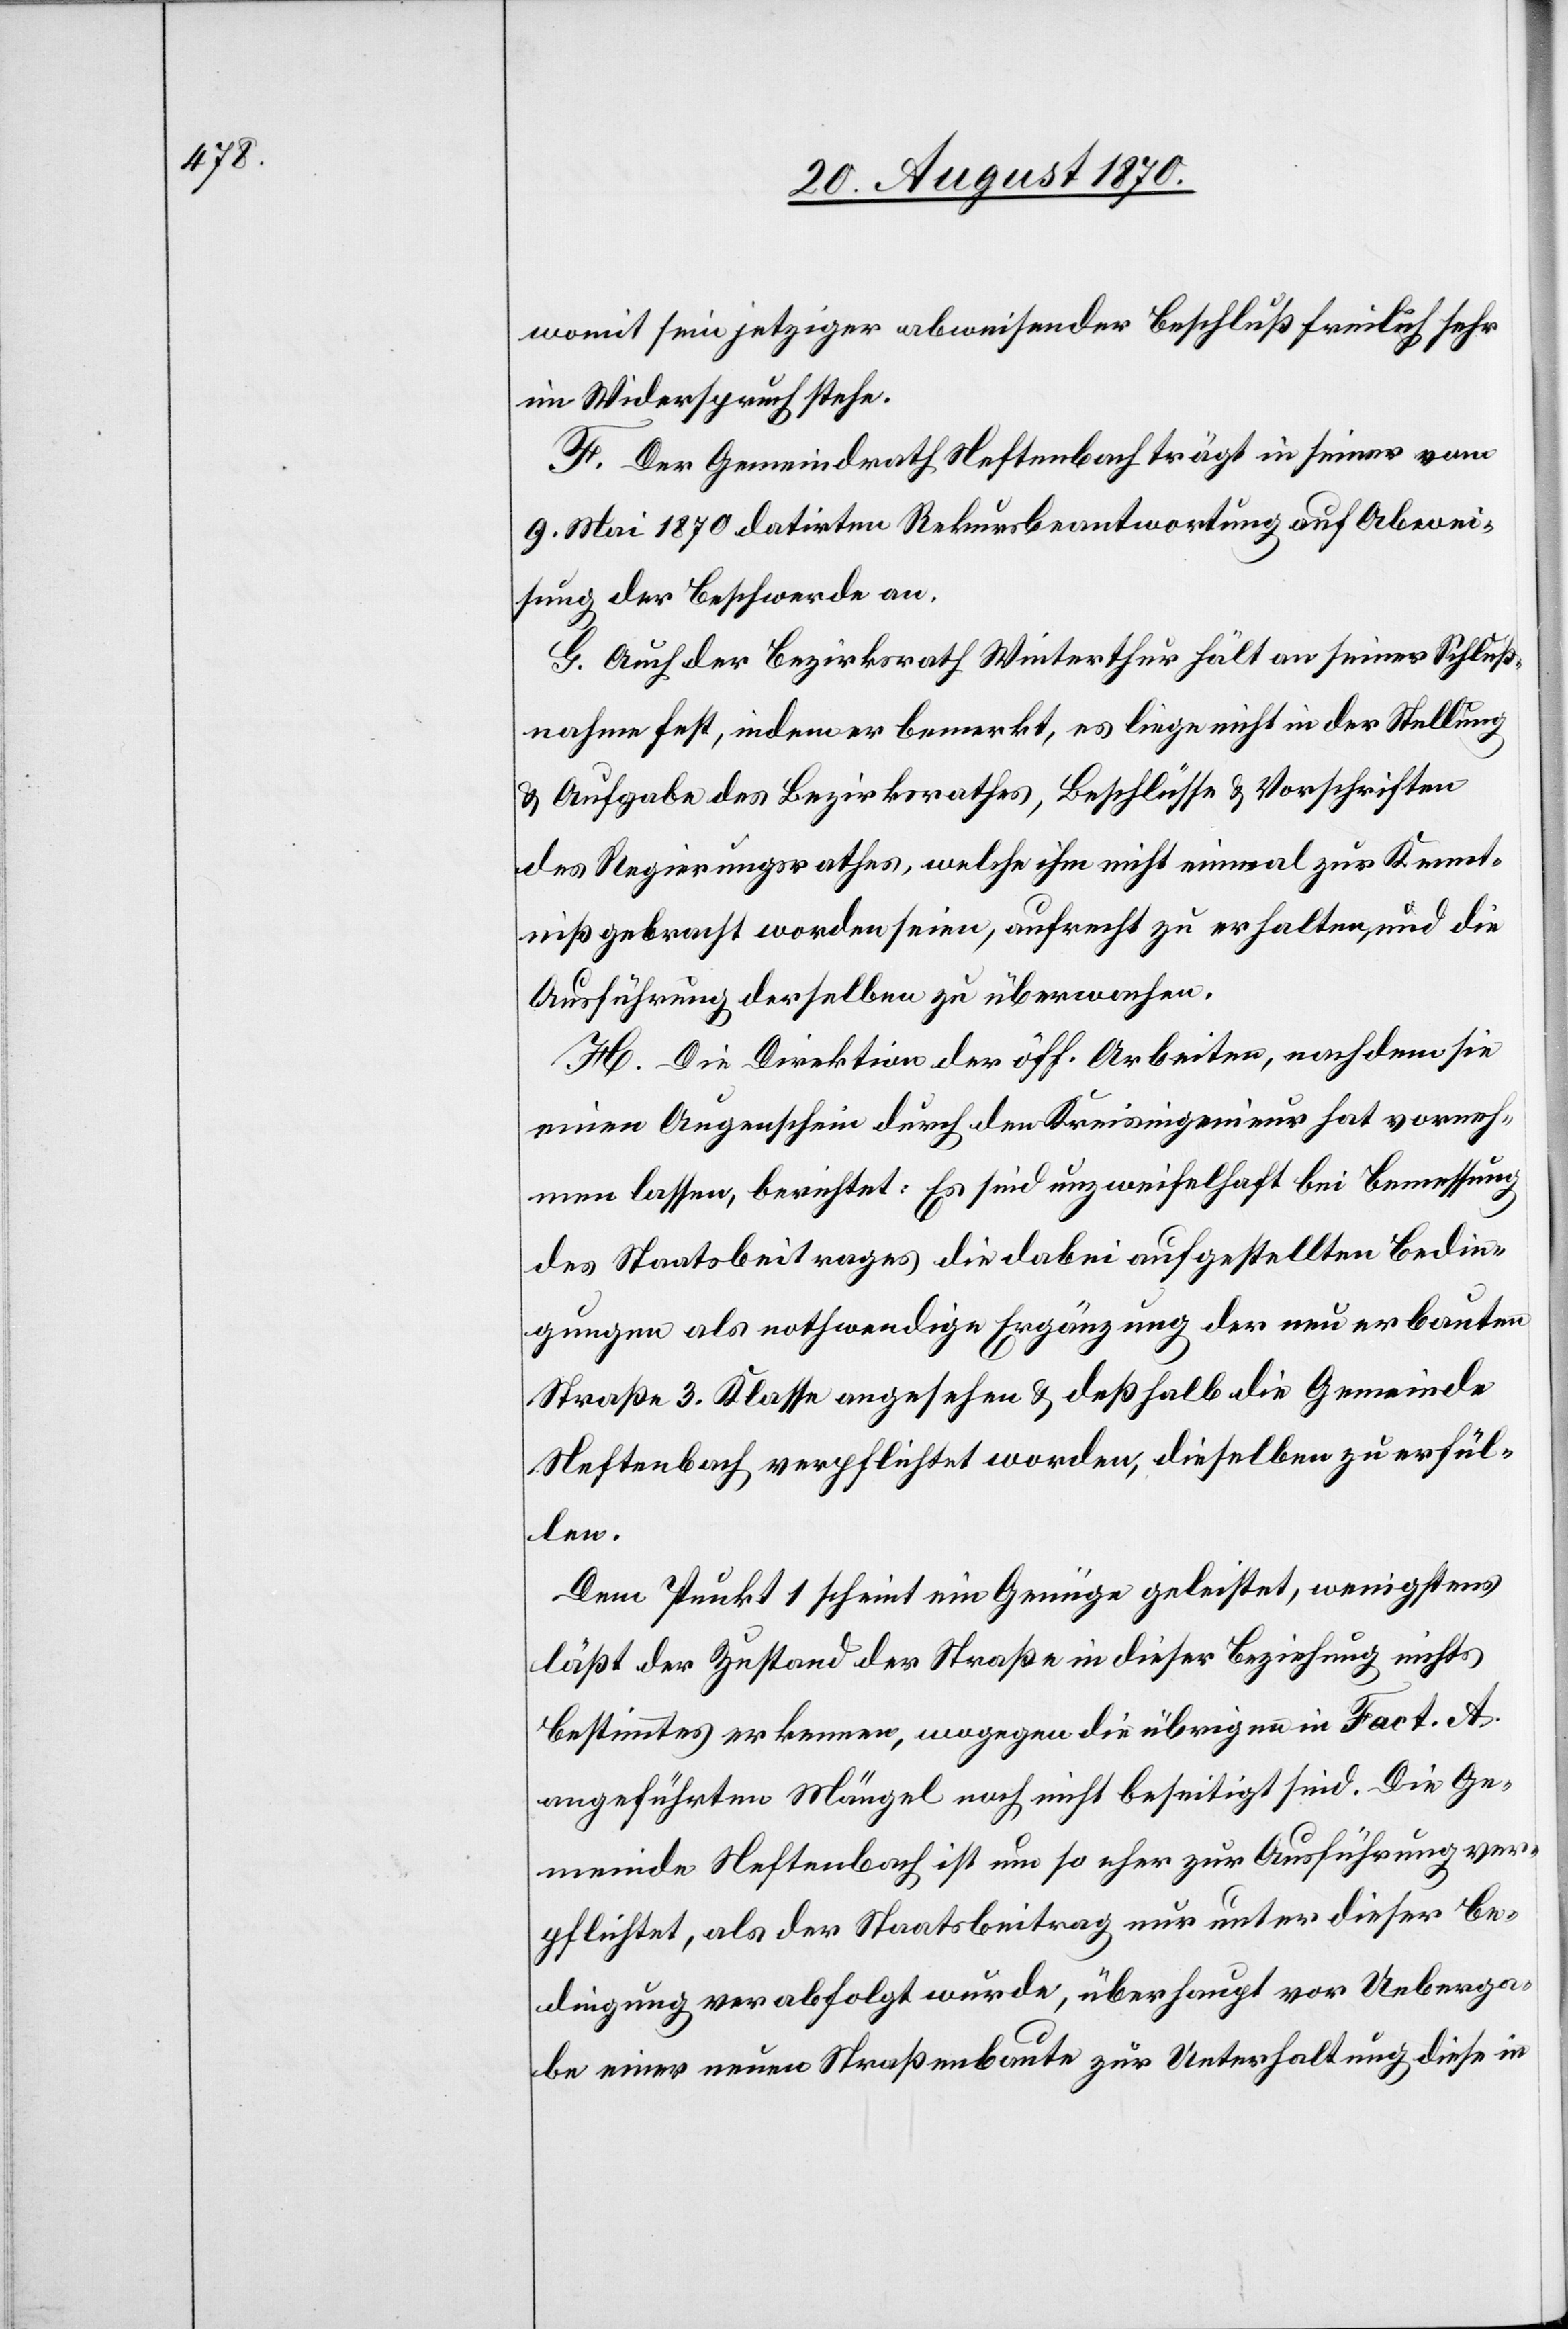
womit sein jetziger abweisender Beschluß freilich sehr
im Widerspruch stehe.
F. Der Gemeindrath Neftenbach trägt in seiner vom
9. Mai 1870 datirten Rekursbeantwortung auf Abwei¬
sung der Beschwerde an.
G. Auch der Bezirksrath Winterthur hält an seiner Schluß¬
nahme fest, indem er bemerkt, es liege nicht in der Stellung
& Aufgabe des Bezirksrathes, Beschlüsse & Vorschriften
des Regierungsrathes, welche ihm nicht einmal zur Kennt¬
niß gebracht worden seien, aufrecht zu erhalten, und die
Ausführung derselben zu überwachen.
H. Die Direktion der öff. Arbeiten, nachdem sie
einen Augenschein durch den Kreisingenieur hat vorneh¬
men lassen, berichtet: Es sind unzweifelhaft bei Bemessung
des Staatsbeitrages die dabei aufgestellten Bedin¬
gungen als nothwendige Ergänzung der neu erbauten
Straße 3. Klasse angesehen & deßhalb die Gemeinde
Neftenbach verpflichtet worden, dieselben zu erfül¬
len.
Dem Punkt 1 scheint ein Genüge geleistet, wenigstens
läßt der Zustand der Straße in dieser Beziehung nichts
Bestimmtes erkennen, wogegen die übrigen in Fact. A
angeführten Mängel noch nicht beseitigt sind. Die Ge¬
meinde Neftenbach ist um so eher zur Ausführung ver¬
pflichtet, als der Staatsbeitrag nur unter dieser Be¬
dingung verabfolgt wurde, überhaupt vor Ueberga¬
be einer neuen Straßenbaute zur Unterhaltung diese in